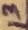
Text: 13